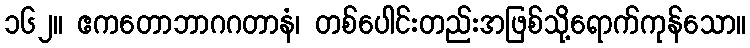
၁၆၂။ ဧကတောဘာဂဂတာနံ၊ တစ်ပေါင်းတည်းအဖြစ်သို့ရောက်ကုန်သော။